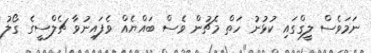
ނަމަވެސް ލީގްގައި ކުޅުނު ހަތް މެޗުން ވެސް ބައްޔެއް ވެފައިނުވާ ޗެލްސީގެ ގޯލު